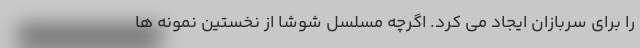
را برای سربازان ایجاد می کرد. اگرچه مسلسل شوشا از نخستین نمونه ها